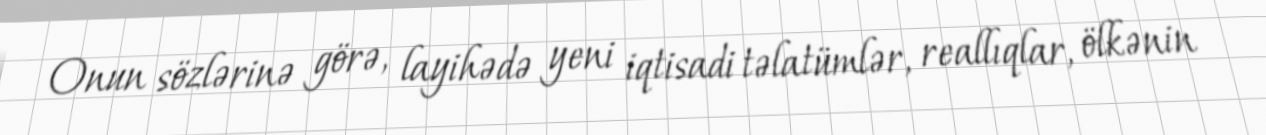
Onun sözlərinə görə, layihədə yeni iqtisadi təlatümlər, reallıqlar, ölkənin